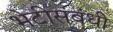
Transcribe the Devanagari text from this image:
भेटीसंबंधी